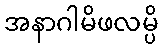
အနာဂါမိဖလမ္ပိ